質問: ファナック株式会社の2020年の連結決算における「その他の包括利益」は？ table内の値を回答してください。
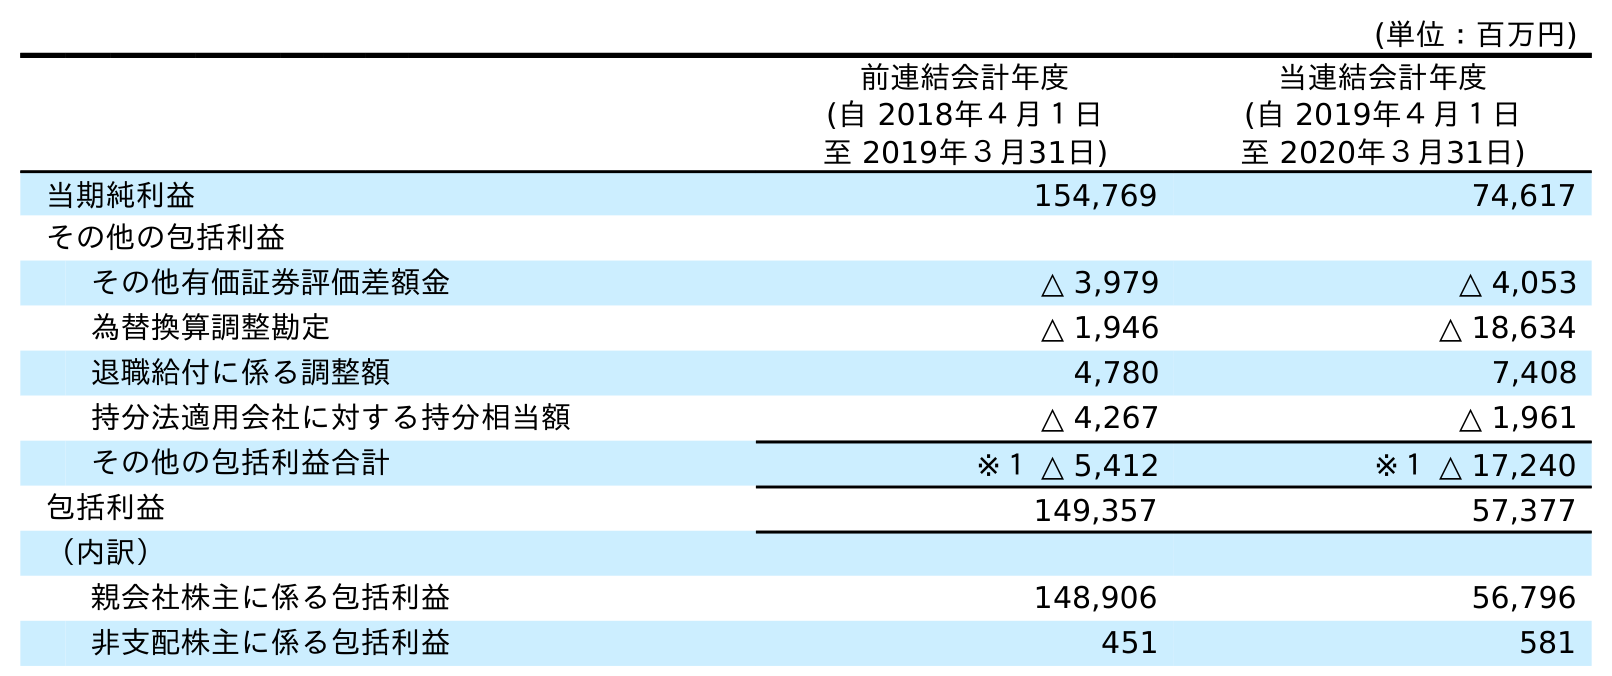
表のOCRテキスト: (単位：百万円) 前連結会計年度 (自 2018年４月１日 至 2019年３月31日) 当連結会計年度 (自 2019年４月１日 至 2020年３月31日) 当期純利益 154,769 74,617 その他の包括利益 その他有価証券評価差額金 △ 3,979 △ 4,053 為替換算調整勘定 △ 1,946 △ 18,634 退職給付に係る調整額 4,780 7,408 持分法適用会社に対する持分相当額 △ 4,267 △ 1,961 その他の包括利益合計 ※１ △ 5,412 ※１ △ 17,240 包括利益 149,357 57,377 （内訳） 親会社株主に係る包括利益 148,906 56,796 非支配株主に係る包括利益 451 581
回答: ※１△17,240